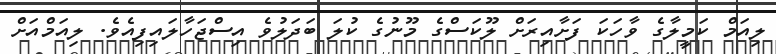
ލިއަމް ކަމީލާގެ ވާހަކަ ފަށާއިރަށް ލޫކަސްގެ މޫނުގެ ކުލަ ބަދަލުވެ އިސްޖަހާލައިފިއެވެ. ލިއަމްއަށް